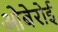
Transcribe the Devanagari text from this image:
ओबेरोई